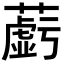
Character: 𬞲